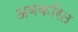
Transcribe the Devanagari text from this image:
अवकरित